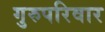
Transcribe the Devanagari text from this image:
गुरुपरिवार